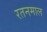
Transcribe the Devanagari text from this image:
रतनमाल